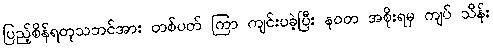
ပြည့်စိန်ရတုသဘင်အား တစ်ပတ် ကြာ ကျင်းပခဲ့ပြီး နဝတ အစိုးရမှ ကျပ် သိန်း